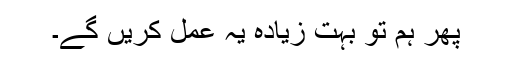
پھر ہم تو بہت زیادہ یہ عمل کریں گے۔